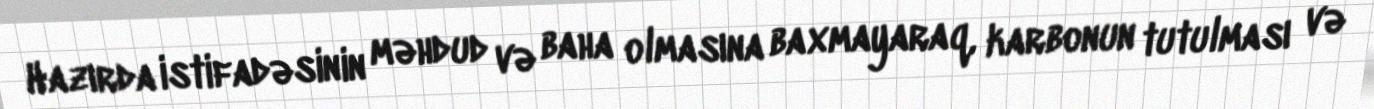
Hazırda istifadəsinin məhdud və baha olmasına baxmayaraq, karbonun tutulması və